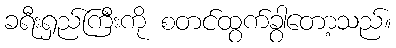
ခရီးရှည်ကြီးကို စတင်ထွက်ခွာတော့သည်။